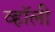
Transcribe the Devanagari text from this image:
व्हॉली